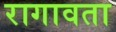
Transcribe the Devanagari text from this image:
रागावता